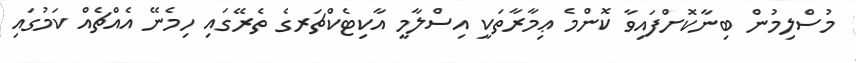
މުސްލިމުން ބިނާކޮށްފައިވާ ކޮންމެ ޢިމާރާތަކީ އިސްލާމީ އާކިޓެކްޗަރގެ ތެރޭގައި ހިމެނޭ އެއްޗެއް ކަމުގައި